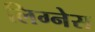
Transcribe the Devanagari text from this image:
लिग्नेस